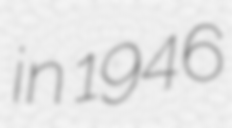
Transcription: in 1946